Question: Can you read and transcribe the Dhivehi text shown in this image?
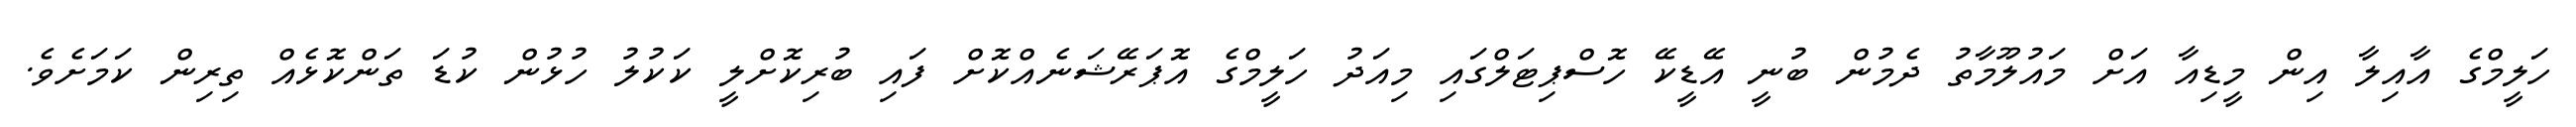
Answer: ހަލީމްގެ އާއިލާ އިން މީޑިއާ އަށް މައުލޫމާތު ދެމުން ބުނީ އޭޑީކޭ ހޮސްޕިޓަލްގައި މިއަދު ހަލީމްގެ އޮޕަރޭޝަނެއްކޮށް ފައި ބުރިކޮށްލީ ކަކުލު ހުޅުން ކުޑަ ތަންކޮޅެއް ތިރިން ކަމަށެވެ.